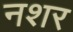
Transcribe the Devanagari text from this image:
नशर